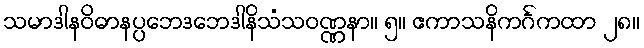
သမာဒါနဝိဓာနပ္ပဘေဒဘေဒါနိသံသဝဏ္ဏနာ။ ၅။ ဧကာသနိကင်္ဂကထာ ၂၈။